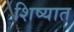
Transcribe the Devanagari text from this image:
शिष्यात